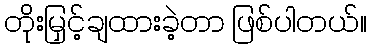
တိုးမြှင့်ချထားခဲ့တာ ဖြစ်ပါတယ်။